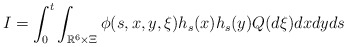
\begin{align*}I &= \int_0^t \int_{\mathbb{R}^6 \times \Xi} \phi(s, x, y, \xi) h_s(x) h_s(y) Q(d\xi)dxdyds\end{align*}